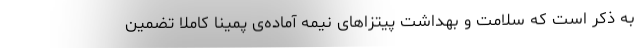
به ذکر است که سلامت و بهداشت پیتزاهای نیمه آماده‌ی پمینا کاملا تضمین